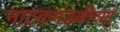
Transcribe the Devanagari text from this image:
नाटकमंडळीच्या